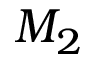
M _ { 2 }